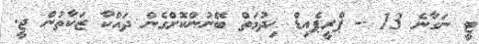
ޓީ ނަގާނެ 13 - ޕްރީޕެއިޑް ޚިދުމަތް ބޭނުންކޮށްގެން ދައްކާ ޒަކާތުން ޖީ.